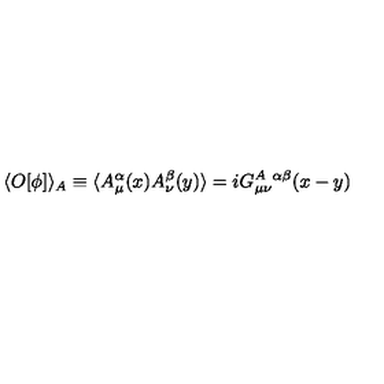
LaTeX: \langle O [ \phi ] \rangle _ { A } \equiv \langle A _ { \mu } ^ { \alpha } ( x ) A _ { \nu } ^ { \beta } ( y ) \rangle = i G _ { \mu \nu } ^ { A \ \alpha \beta } ( x - y )